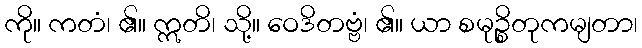
ကို။ ကတံ၊ ၏။ ဣတိ၊ သို့။ ဝေဒိတဗ္ဗံ၊ ၏။ ယာ စမုဉ္စိတုကမျတာ၊